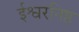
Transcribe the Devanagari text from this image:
ईश्वरनिष्ठ